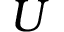
U